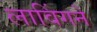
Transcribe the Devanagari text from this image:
लाविंगने